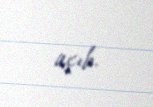
açıb.